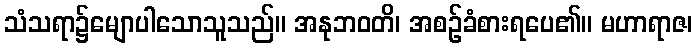
သံသရာ၌မျောပါသောသူသည်။ အနုဘဝတိ၊ အစဉ်ခံစားရပေ၏။ မဟာရာဇ၊